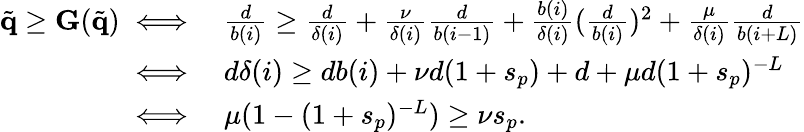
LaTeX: \begin{array}{rl}{\tilde{\mathbf{q}}\geq\mathbf{G}(\tilde{\mathbf{q}})\iff}&{\frac{d}{b(i)}\geq\frac{d}{\delta(i)}+\frac{\nu}{\delta(i)}\frac{d}{b(i-1)}+\frac{b(i)}{\delta(i)}(\frac{d}{b(i)})^{2}+\frac{\mu}{\delta(i)}\frac{d}{b(i+L)}}\\ {\iff}&{d\delta(i)\geq db(i)+\nu d(1+s_{p})+d+\mu d(1+s_{p})^{-L}}\\ {\iff}&{\mu(1-(1+s_{p})^{-L})\geq\nu s_{p}.}\end{array}